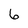
Character: 6